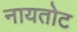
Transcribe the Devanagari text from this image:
नायतोट